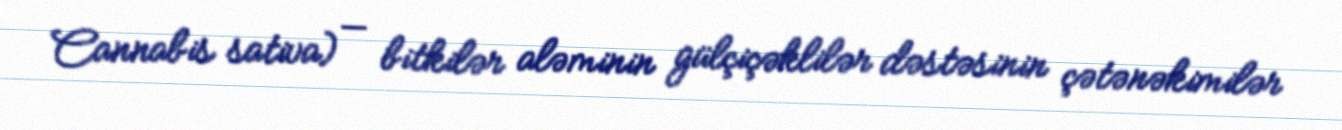
Cannabis sativa) — bitkilər aləminin gülçiçəklilər dəstəsinin çətənəkimilər